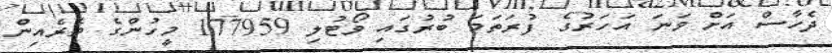
ދެހާސް އަށް ވަނަ އަހަރުގެ ފުރަތަމަ ބުރުގައި ވޯޓުލި 177959 މީހުންގެ ތެރެއިން